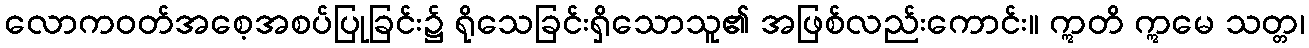
လောကဝတ်အစေ့အစပ်ပြုခြင်း၌ ရိုသေခြင်းရှိသောသူ၏ အဖြစ်လည်းကောင်း။ ဣတိ ဣမေ သတ္တ၊